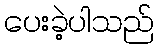
ပေးခဲ့ပါသည်